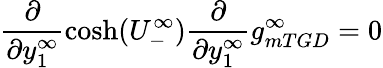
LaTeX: \frac{\partial}{\partial y_{1}^{\infty}}\cosh(U_{-}^{\infty})\frac{\partial}{\partial y_{1}^{\infty}}g_{mTGD}^{\infty}=0